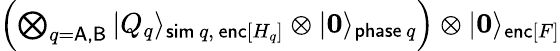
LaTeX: \begin{array}{r}{\left(\bigotimes_{q=\mathsf{A,B}}|Q_{q}\rangle_{\mathsf{sim}\, q,\, \mathsf{enc}[H_{q}]}\otimes|\boldsymbol{0}\rangle_{\mathsf{phase}\, q}\right)\otimes|\boldsymbol{0}\rangle_{\mathsf{enc}[F]}}\end{array}